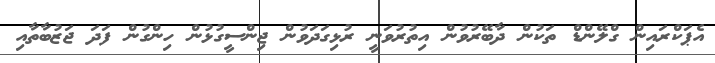
އެޕަކްރައިން ގްލޭންޑް ތަކުން ދާބޭރުވުން އިތުރުވަނީ ރުޅިގަދަވުން ޖިންސީގުޅުން ހިންގުން ފަދަ ޖަޒުބާތާއި